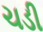
ચડી